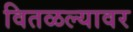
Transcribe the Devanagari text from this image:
वितळल्यावर